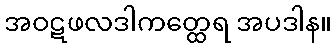
အဝဋဖလဒါကတ္ထေရ အပဒါန။